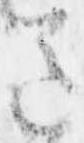
送